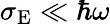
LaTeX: \sigma_{\mathrm{E}}\ll\hbar\omega